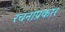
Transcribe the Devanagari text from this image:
रचनाप्रकार